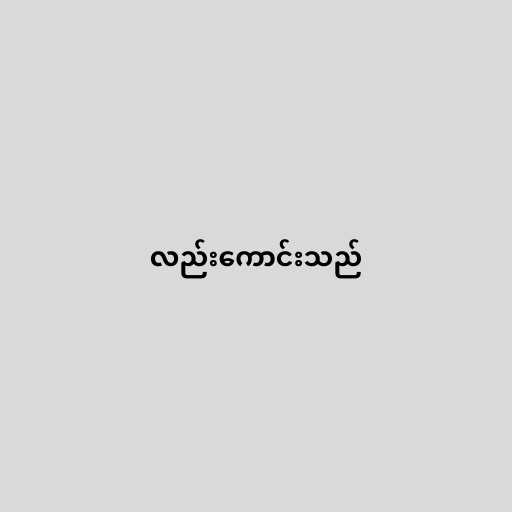
လည်းကောင်းသည်